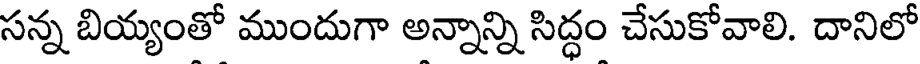
సన్న బియ్యంతో ముందుగా అన్నాన్ని సిద్ధం చేసుకోవాలి. దానిలో